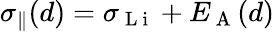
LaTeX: \sigma_{\parallel}(d)=\sigma_{\mathrm{~L~i~}}+E_{\mathrm{~A~}}(d)